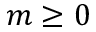
m \geq 0